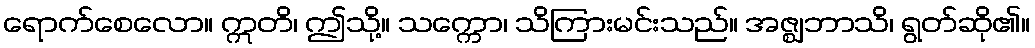
ရောက်စေလော။ ဣတိ၊ ဤသို့။ သက္ကော၊ သိကြားမင်းသည်။ အဇ္ဈဘာသိ၊ ရွတ်ဆို၏။